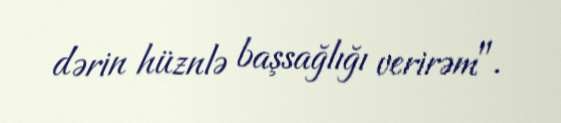
dərin hüznlə başsağlığı verirəm".